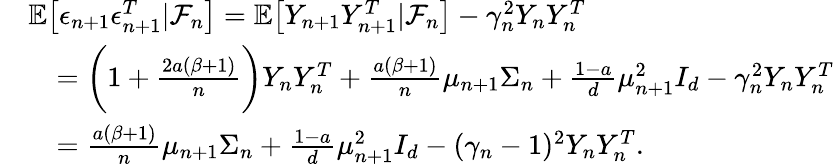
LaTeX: \begin{array}{rl}&{\mathbb{E}\big[\epsilon_{n+1}\epsilon_{n+1}^{T}|\mathcal{F}_{n}\big]=\mathbb{E}\big[Y_{n+1}Y_{n+1}^{T}|\mathcal{F}_{n}\big]-\gamma_{n}^{2}Y_{n}Y_{n}^{T}}\\ &{\quad=\bigg(1+\frac{2a(\beta+1)}{n}\bigg)Y_{n}Y_{n}^{T}+\frac{a(\beta+1)}{n}\mu_{n+1}\Sigma_{n}+\frac{1-a}{d}\mu_{n+1}^{2}I_{d}-\gamma_{n}^{2}Y_{n}Y_{n}^{T}}\\ &{\quad=\frac{a(\beta+1)}{n}\mu_{n+1}\Sigma_{n}+\frac{1-a}{d}\mu_{n+1}^{2}I_{d}-(\gamma_{n}-1)^{2}Y_{n}Y_{n}^{T}.}\end{array}